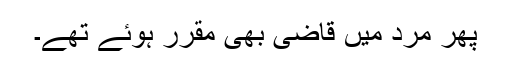
پھر مرد میں قاضی بھی مقرر ہوئے تھے۔